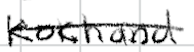
Text: Kokhand
Cross-out: single-line
Writing tool: digital_black